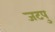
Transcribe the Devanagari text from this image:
जटपु